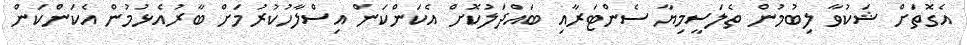
އެގޮތަށް ޝަކުވާ ލިބުމުން ތެލަސީމިޔާ ސެންޓަރާއި ބައްދަލުކޮށް އެކަންކަން އިސްލާހުކުރުމަށް ބާރުއެޅުމުން އެކަންކަން